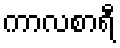
ကာလစာရီ